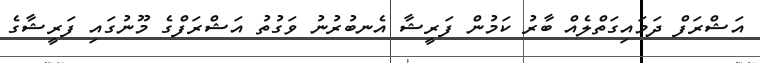
އަޝްރަފް ދަމައިގަތްލެއް ބާރު ކަމުން ފަރީޝާ އެނބުރުނު ވަގުތު އަޝްރަފްގެ މޫނުގައި ފަރީޝާގެ